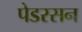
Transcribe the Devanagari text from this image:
पेडरसन